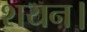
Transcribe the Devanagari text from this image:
शयन।